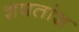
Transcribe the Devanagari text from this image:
शषतांश